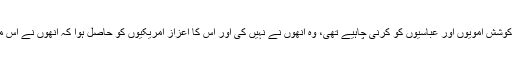
جاری غلامی کو ختم کرنے کی جو کوشش امویوں اور عباسیوں کو کرنی چاہیے تھی، وہ انھوں نے نہیں کی اور اس کا اعزاز امریکیوں کو حاصل ہوا کہ انھوں نے اس مکروہ کاروبار کو بالکلیہ ختم کر دیا۔